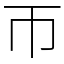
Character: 帀